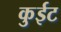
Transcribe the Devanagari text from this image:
कुईट